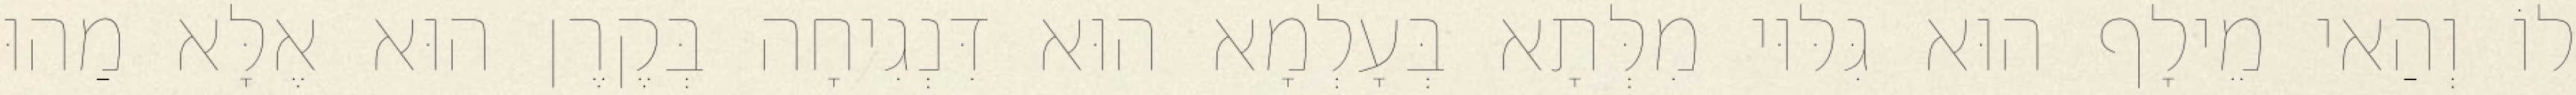
לוֹ וְהַאי מֵילָף הוּא גִּלּוּי מִלְּתָא בְּעָלְמָא הוּא דִּנְגִיחָה בְּקֶרֶן הוּא אֶלָּא מַהוּ